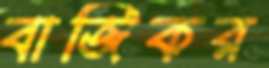
বাজিকর